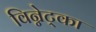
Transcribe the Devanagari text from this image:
विन्नेट्का